341_110677_Numerical_File,_5-2500
Agency: Department of War
Incident date: 10/14/55
Incident location: Azerbaijan
Page 1
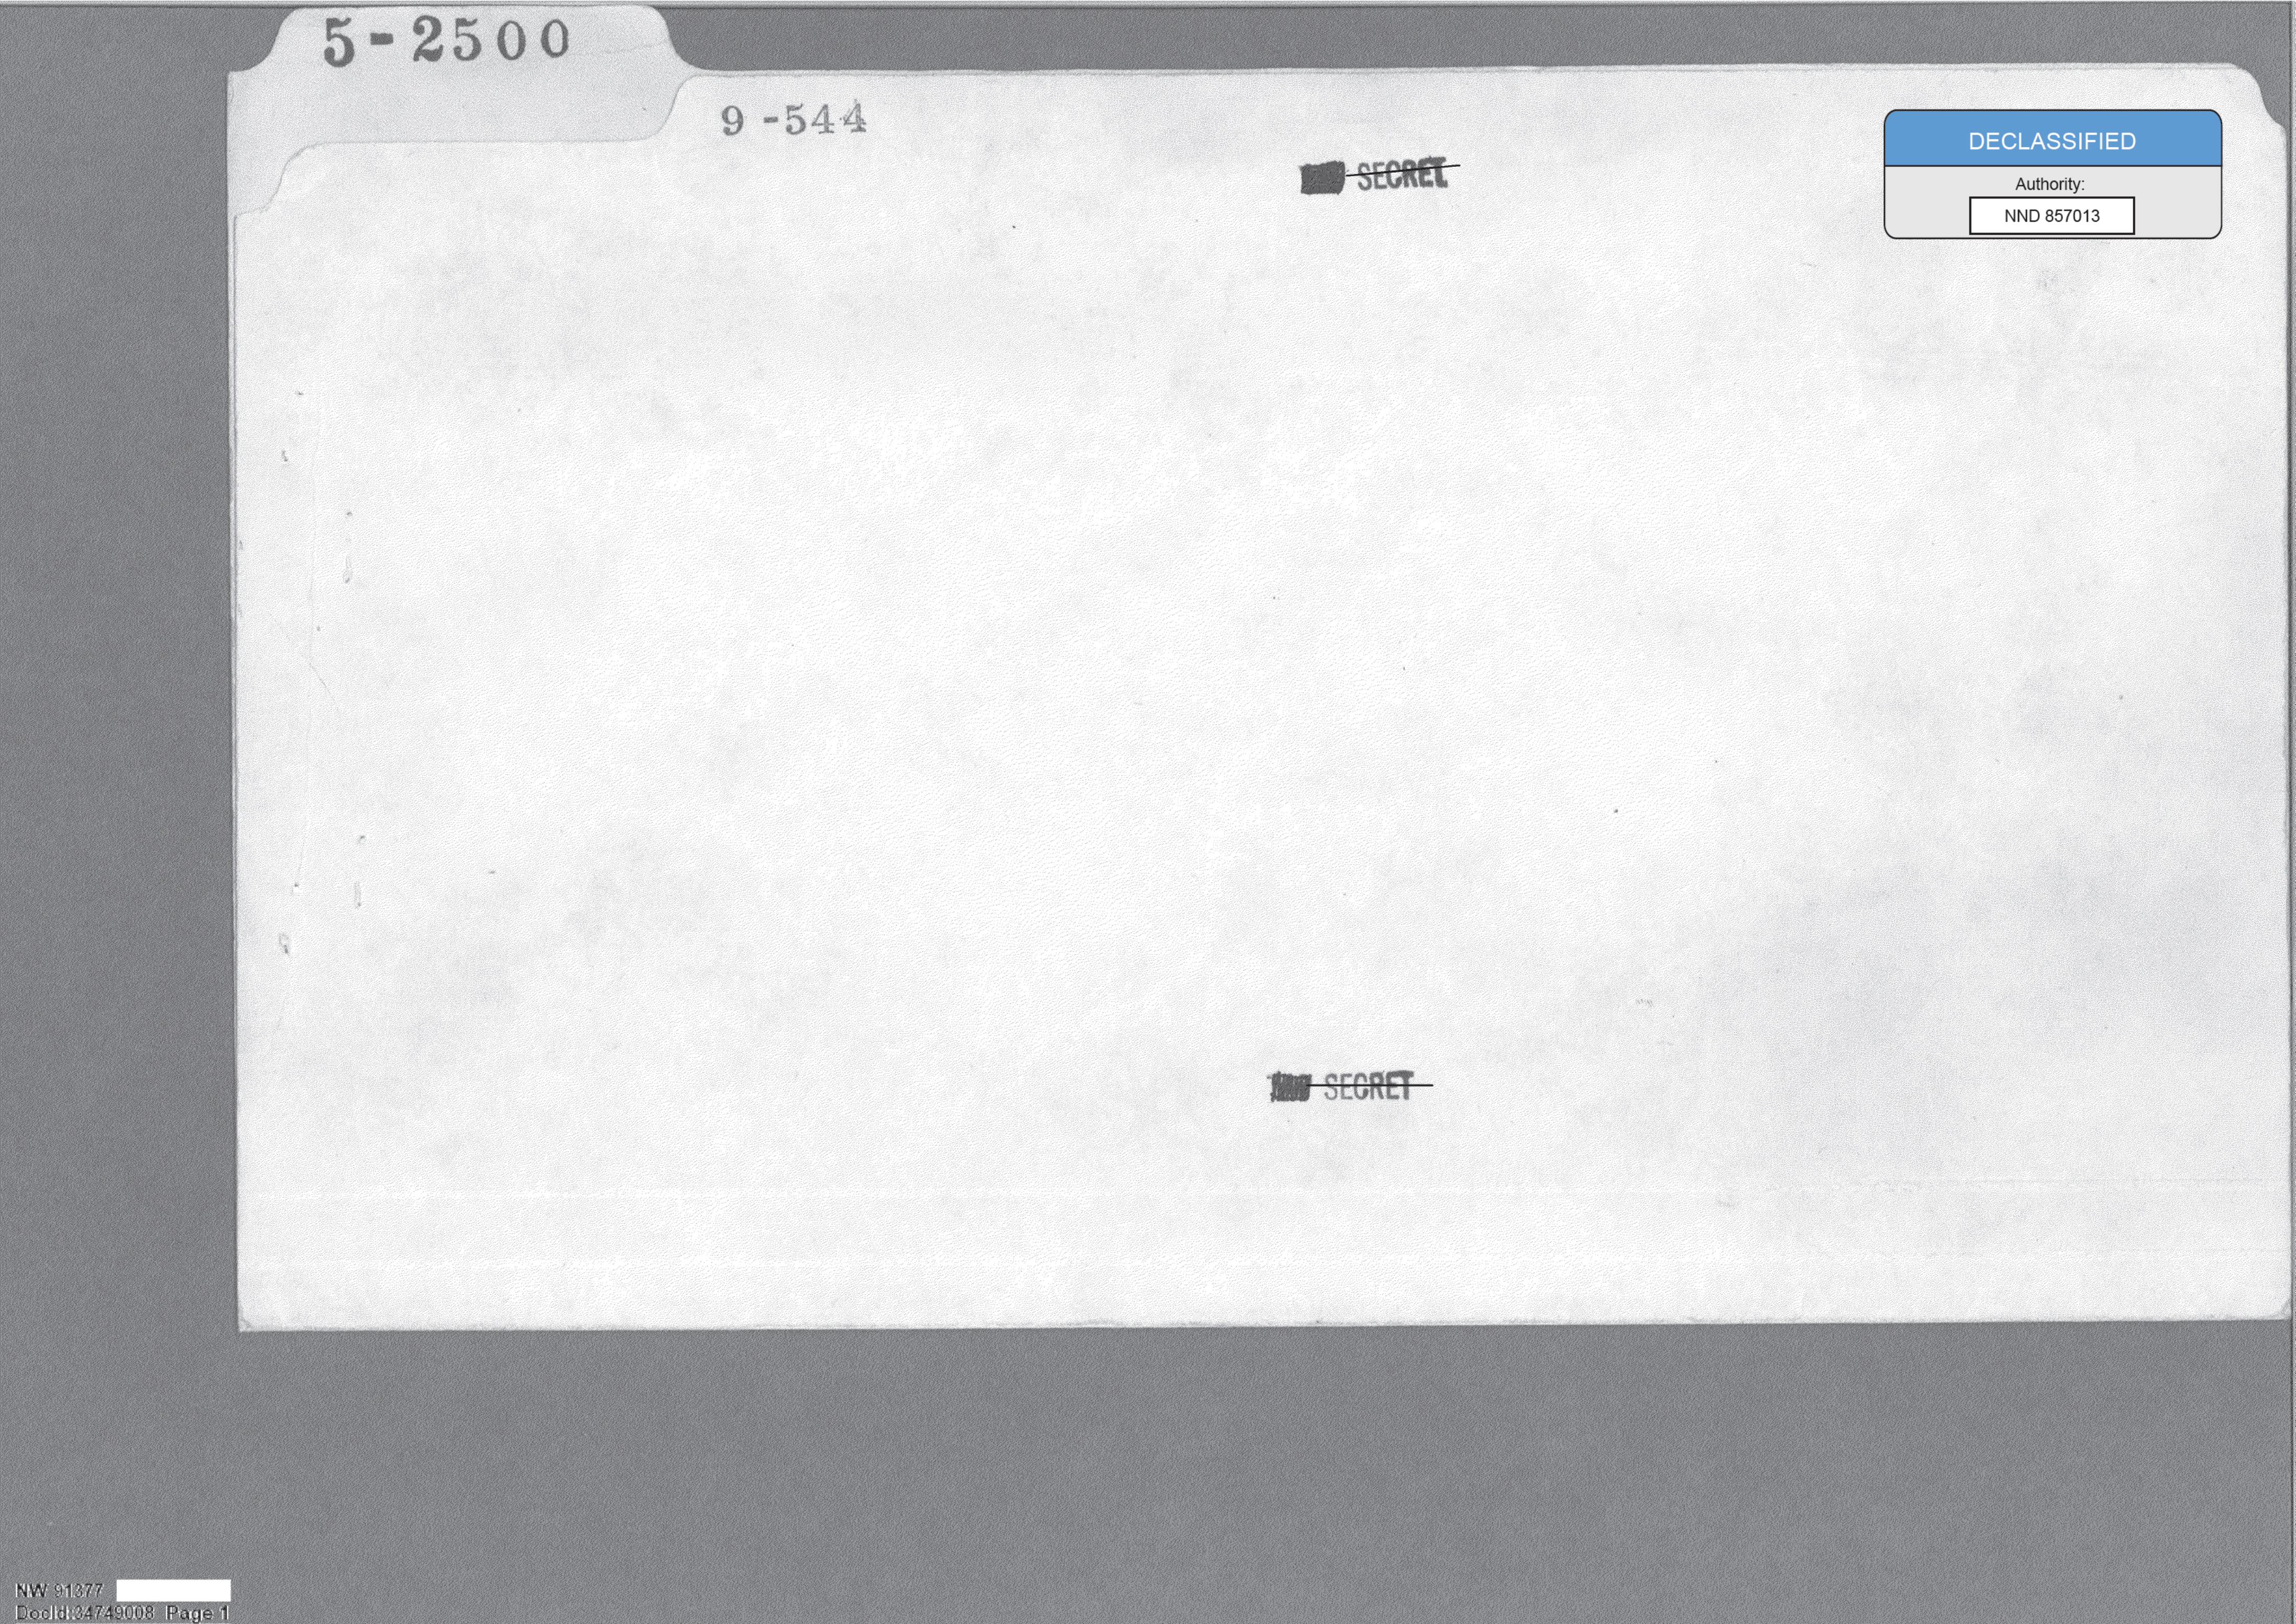